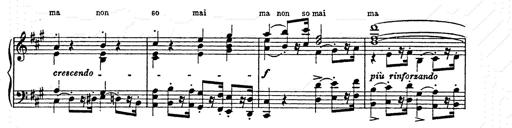
Title: AnnÃ©es de pÃ¨lerinage II
Composer: Franz Liszt